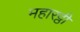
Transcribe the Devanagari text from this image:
महारट्ठी